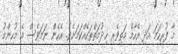
މާ ފުރިހަމަ އަދި އެހާމެ މަތިވެރި ޚިދުމަތްތަކެއްކަމަށެވެ. އެހެން ނަމަވެސް އެ މުހިންމު